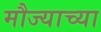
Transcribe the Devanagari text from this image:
मौज्याच्या